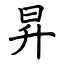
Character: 昇